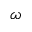
\omega